Report of the Indian Hemp Drugs Commission, 1894-1895 - Volume IV
Year: 1894
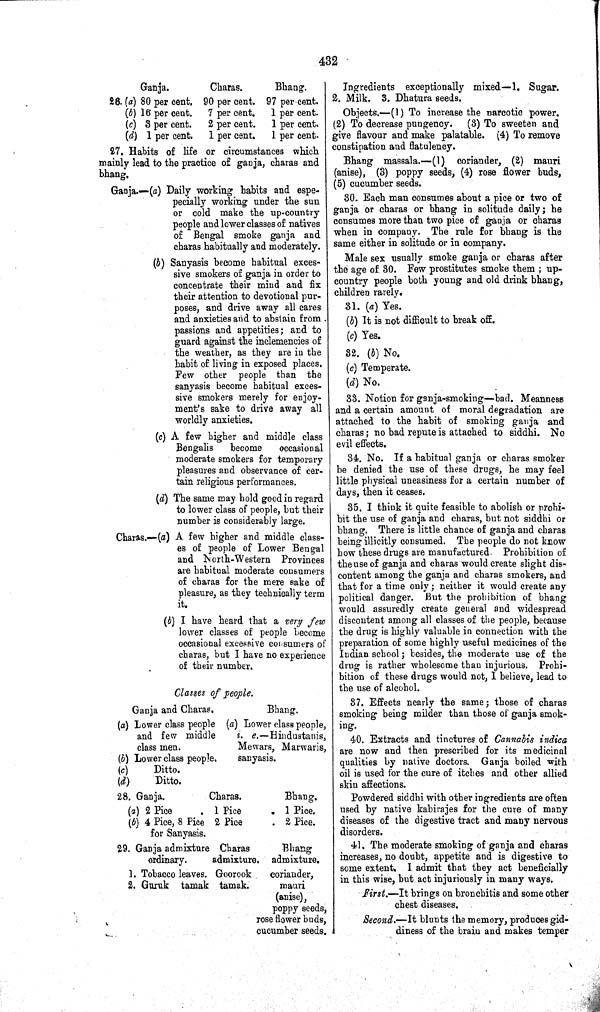
432
Ganja
Charas
Bhang
26. (a) 80 per cent 90 per cent 97 per cent
(b) 16 per cent
7 per cent
1 per cent
(c) 3 per cent
2 per cent
1 per cent
(d) 1 per cent
1 per cent
1 per cent
27. Habits of life or circumstances which
mainly lead to the practice of ganja, charas and
bhang.
Ganja.—(a) Daily working habits and espe-
pecially working under the sun
or cold make the up-country
people and lower classes of natives
of Bengal smoke ganja and
charas habitually and moderately.
(b) Sanyasis become habitual exces-
sive smokers of ganja in order to
concentrate their mind and fix
their attention to devotional pur-
poses, and drive away all cares
and anxieties and to abstain from
passions and appetities; and to
guard against the inclemencies of
the weather, as they are in the
habit of living in exposed places.
Few other people than the
sanyasis become habitual exces-
sive smokers merely for enjoy-
ment's sake to drive away all
worldly anxieties.
(c) A few higher and middle class
Bengalis
become
occasional
moderate smokers for temporary
pleasures and observance of cer-
tain religious performances.
(d) The same may hold good in regard
to lower class of people, but their
number is considerably large.
Charas.—(a) A few higher and middle class-
es of people of Lower Bengal
and North-Western Provinces
are habitual moderate consumers
of charas for the mere sake of
pleasure, as they technically term
it.
(b) I have heard that a very few
lower classes of people become
occasional excessive consumers of
charas, but I have no experience
of their number.
Classes of people.
Ganja and Charas
Bhang
(a) Lower class people (a) Lower class people,
and few middle
i. e.—Hindustanis,
class men.
Mewars, Marwaris,
(b) Lower class people
sanyasis
(c)
Ditto
(d)
Ditto
28. Ganja
Charas
Bhang
(a) 2 Pice
1 Pice
1 Pice
(b) 4 Pice, 8 Pice 2 Pice
2 Pice
for Sanyasis
29. Ganja admixture Charas
Bhang
ordinary
admixture
admixture
1. Tobacco leaves Goorook
coriander,
2. Guruk tamak tamak.
mauri
(anise),
poppy seeds,
rose flower buds,
cucumber seeds.
Ingredients exceptionally mixed—1, Sugar.
2. Milk. 3. Dhatura seeds.
Objects.—(1) To increase the narcotic power.
(2) To decrease pungency.
(3) To sweeten and
give flavour and make palatable. (4) To remove
constipation and flatulency.
Bhang massala.—(1) coriander, (2) mauri
(anise), (3) poppy seeds, (4) rose flower buds,
(5) cucumber seeds.
30. Each man consumes about a pice or two of
ganja or charas or bhang in solitude daily; he
consumes more than two pice of ganja or charas
when in company. The rule for bhang is the
same either in solitude or in company.
Male sex usually smoke ganja or charas after
the age of 30. Few prostitutes smoke them; up-
country people both young and old drink bhang,
children rarely.
31. (a) Yes.
(b) It is not difficult to break off.
(c) Yes.
32. (b) No.
(c) Temperate.
(d) No.
33. Notion for ganja-smoking—bad. Meanness
and a certain amount of moral degradation are
attached to the habit of smoking ganja and
charas; no bad repute is attached to siddhi. No
evil effects.
34. No. If a habitual ganja or charas smoker
be denied the use of these drugs, he may feel
little physical uneasiness for a certain number of
days, then it ceases.
35. I think it quite feasible to abolish or prohi-
bit the use of ganja and charas, but not siddhi or
bhang. There is little chance of ganja and charas
being illicitly consumed. The people do not know
how these drugs are manufactured. Prohibition of
the use of ganja and charas would create slight dis-
content among the ganja and charas smokers, and
that for a time only; neither it would create any
political danger. But the prohibition of bhang
would assuredly create general and widespread
discontent among all classes of the people, because
the drug is highly valuable in connection with the
preparation of some highly useful medicines of the
Indian school; besides, the moderate use of the
drug is rather wholesome than injurious. Prohi-
bition of these drugs would not, I believe, lead to
the use of alcohol.
37. Effects nearly the same; those of charas
smoking being milder than those of ganja smok-
ing.
40. Extracts and tinctures of Cannabis indica
are now and then prescribed for its medicinal
qualities by native doctors. Ganja boiled with
oil is used for the cure of itches and other allied
skin affections.
Powdered siddhi with other ingredients are often
used by native kabirajes for the cure of many
diseases of the digestive tract and many nervous
disorders.
41. The moderate smoking of ganja and charas
increases, no doubt, appetite and is digestive to
some extent. I admit that they act beneficially
in this wise, but act injuriously in many ways.
First.—It brings on bronchitis and some other
chest diseases.
Second.— It blunts the memory, produces gid-
diness of the brain and makes temper